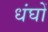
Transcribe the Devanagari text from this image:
धंघों